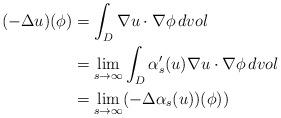
LaTeX: \begin{align*}\aligned(- \Delta u )(\phi) & = \int_D \nabla u\cdot \nabla \phi \, dvol\\& = \lim_{s\to \infty} \int_D \alpha_s'(u) \nabla u\cdot\nabla \phi \, dvol\\& = \lim_{s\to\infty} (-\Delta\alpha_s(u)) (\phi))\endaligned\end{align*}